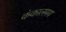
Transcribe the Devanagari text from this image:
कंकालमय